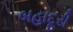
બહાદૂરી